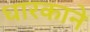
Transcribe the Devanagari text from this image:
धारकाने